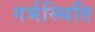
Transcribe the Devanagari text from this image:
गर्भस्थिति